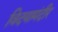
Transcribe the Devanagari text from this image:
विदयामंदीर